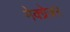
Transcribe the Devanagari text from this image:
मेक्ग्रेजर